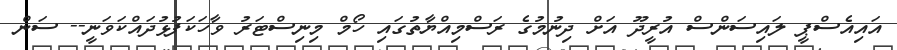
އައިއެސްޕީ ލައިސަންސް އުރީދޫ އަށް ދިނުމުގެ ރަސްމިއްޔާތުގައި ހޯމް މިނިސްޓަރު ވާހަކަފުޅުދައްކަވަނީ-- ސަން